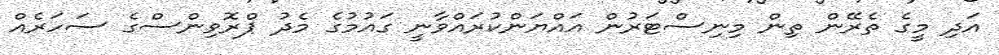
އަދި މީގެ ތެރޭން ތިން މިނިސްޓަރުން އައްޔަންކުރައްވާނީ ގައުމުގެ މެދު ޕްރޮވިންސްގެ ސަހަރެއް